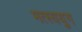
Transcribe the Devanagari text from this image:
मत्स्ययुग